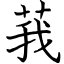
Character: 莪